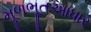
મૂળભૂતઆધાર